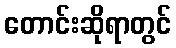
တောင်းဆိုရာတွင်